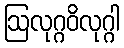
ဩလုဂ္ဂဝိလုဂ္ဂါ